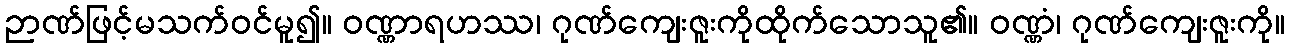
ဉာဏ်ဖြင့်မသက်ဝင်မူ၍။ ဝဏ္ဏာရဟဿ၊ ဂုဏ်ကျေးဇူးကိုထိုက်သောသူ၏။ ဝဏ္ဏံ၊ ဂုဏ်ကျေးဇူးကို။